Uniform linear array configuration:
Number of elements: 48
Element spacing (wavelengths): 0.25
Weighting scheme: cosine
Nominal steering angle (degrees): -30
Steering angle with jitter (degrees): -28.637
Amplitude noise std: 0.05
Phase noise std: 0.05

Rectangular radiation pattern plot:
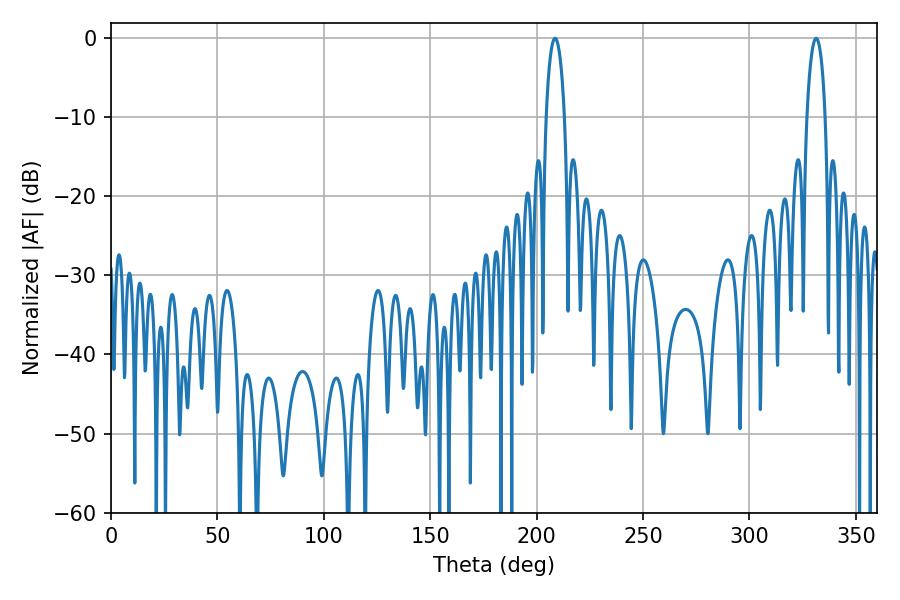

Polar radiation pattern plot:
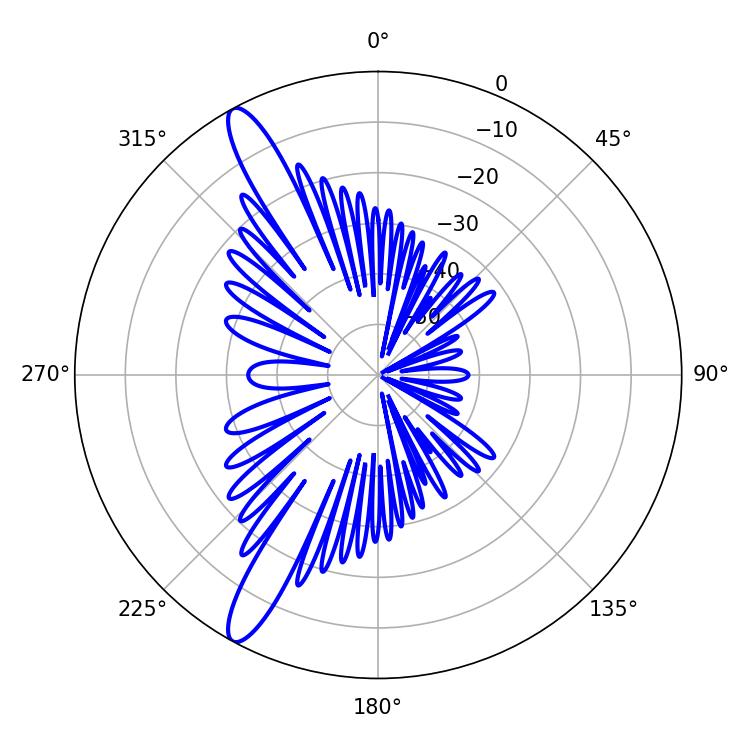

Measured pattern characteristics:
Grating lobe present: FALSE
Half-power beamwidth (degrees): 4.86
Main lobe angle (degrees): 208.62